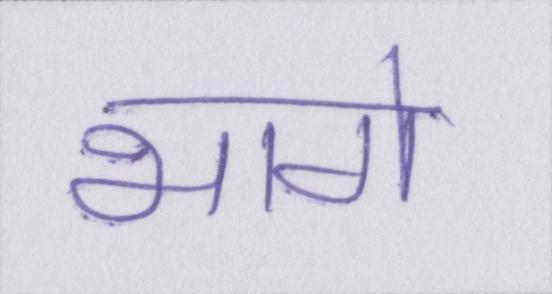
भागे